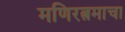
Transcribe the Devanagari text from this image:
मणिरत्नमाचा